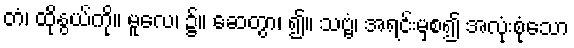
တံ၊ ထိုနွယ်ကို။ မူလေ၊ ၌။ ဆေတွာ၊ ၍။ သဗ္ဗံ၊ အရင်းမှစ၍ အလုံးစုံသော